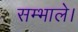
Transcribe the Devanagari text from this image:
सम्भाले।